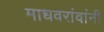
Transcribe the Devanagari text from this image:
माधवरांवांनी